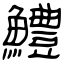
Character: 鱧